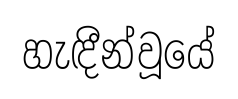
හැඳීන්වූයේ